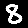
Digit: 8